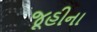
જૂહીના